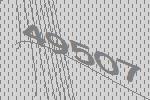
49507